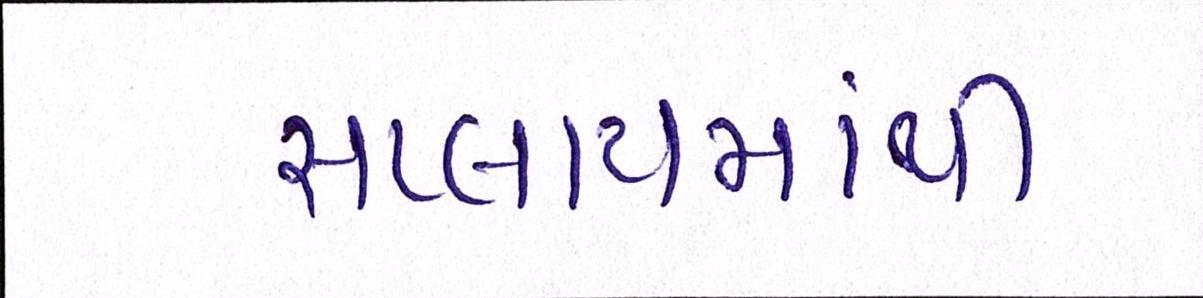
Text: સપ્લાયમાંથી